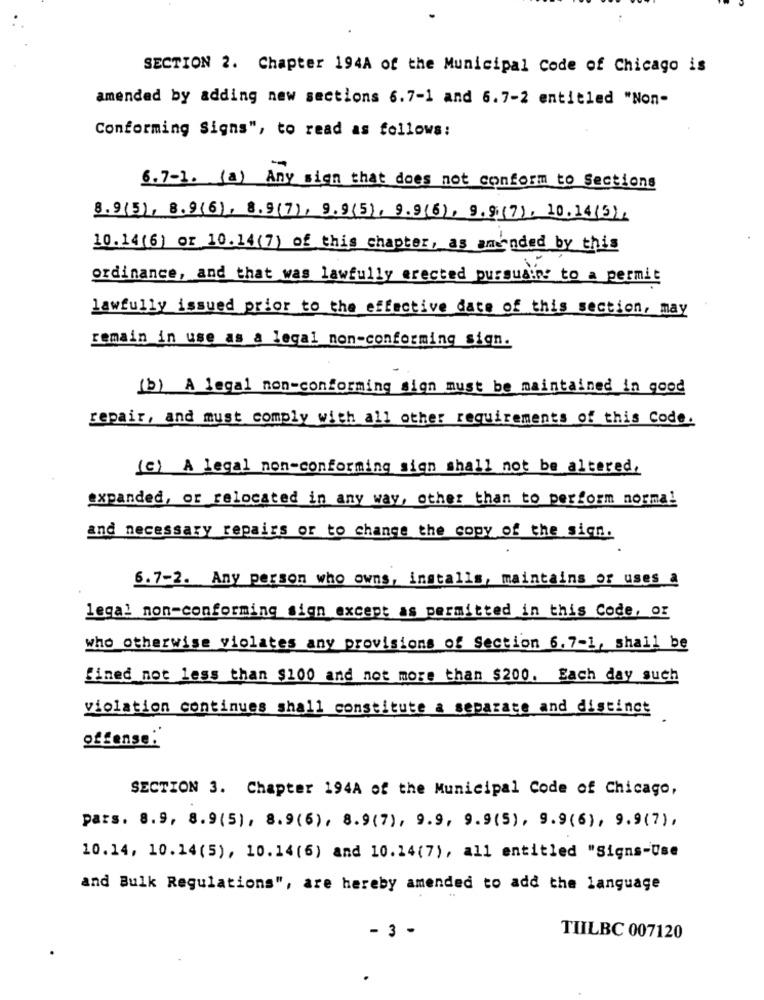
SECTION 2. Chapter 194A of the Municipal Code of Chicago is
amended by adding new sections 6.7-1 and 6.7-2 entitled "Non-
Conforming Signs", to read as follows:
6.7-1. (a) Any sign that does not conform to Sections
8.9(5), 8.9(6), 8.9(7), 9.9(5), 9.9(6), 9.9 (7), 10.14(5).
10.14(6) or 10.14(7) of this chapter, as amended by this
ordinance, and that was lawfully erected pursuains to a permit
lawfully issued prior to the effective date of this section, may
remain in use as a legal non-conforming sign.
(b) A legal non-conforming sign must be maintained in good
repair, and must comply with all other requirements of this Code.
(c) A legal non-conforming sign shall not be altered.
expanded, or relocated in any way, other than to perform normal
and necessary repairs or to change the copy of the sign.
6.7-2. Any person who owns, installs, maintains or uses a
legal non-conforming sign except as permitted in this Code, or
who otherwise violates any provisions of Section 6.7-1, shall be
fined not less than $100 and not more than $200. Each day such
violation continues shall constitute a separate and distinct
offense.
SECTION 3. Chapter 194A of the Municipal Code of Chicago,
pars. 8.9, 8.9(5), 8.9(6), 8.9(7), 9.9, 9.9(5), 9.9(6), 9.9(7) ,
10.14, 10.14(5), 10.14(6) and 10.14(7), all entitled "Signs-Use
and Bulk Regulations", are hereby amended to add the language
- 3 -
TILBC 007120